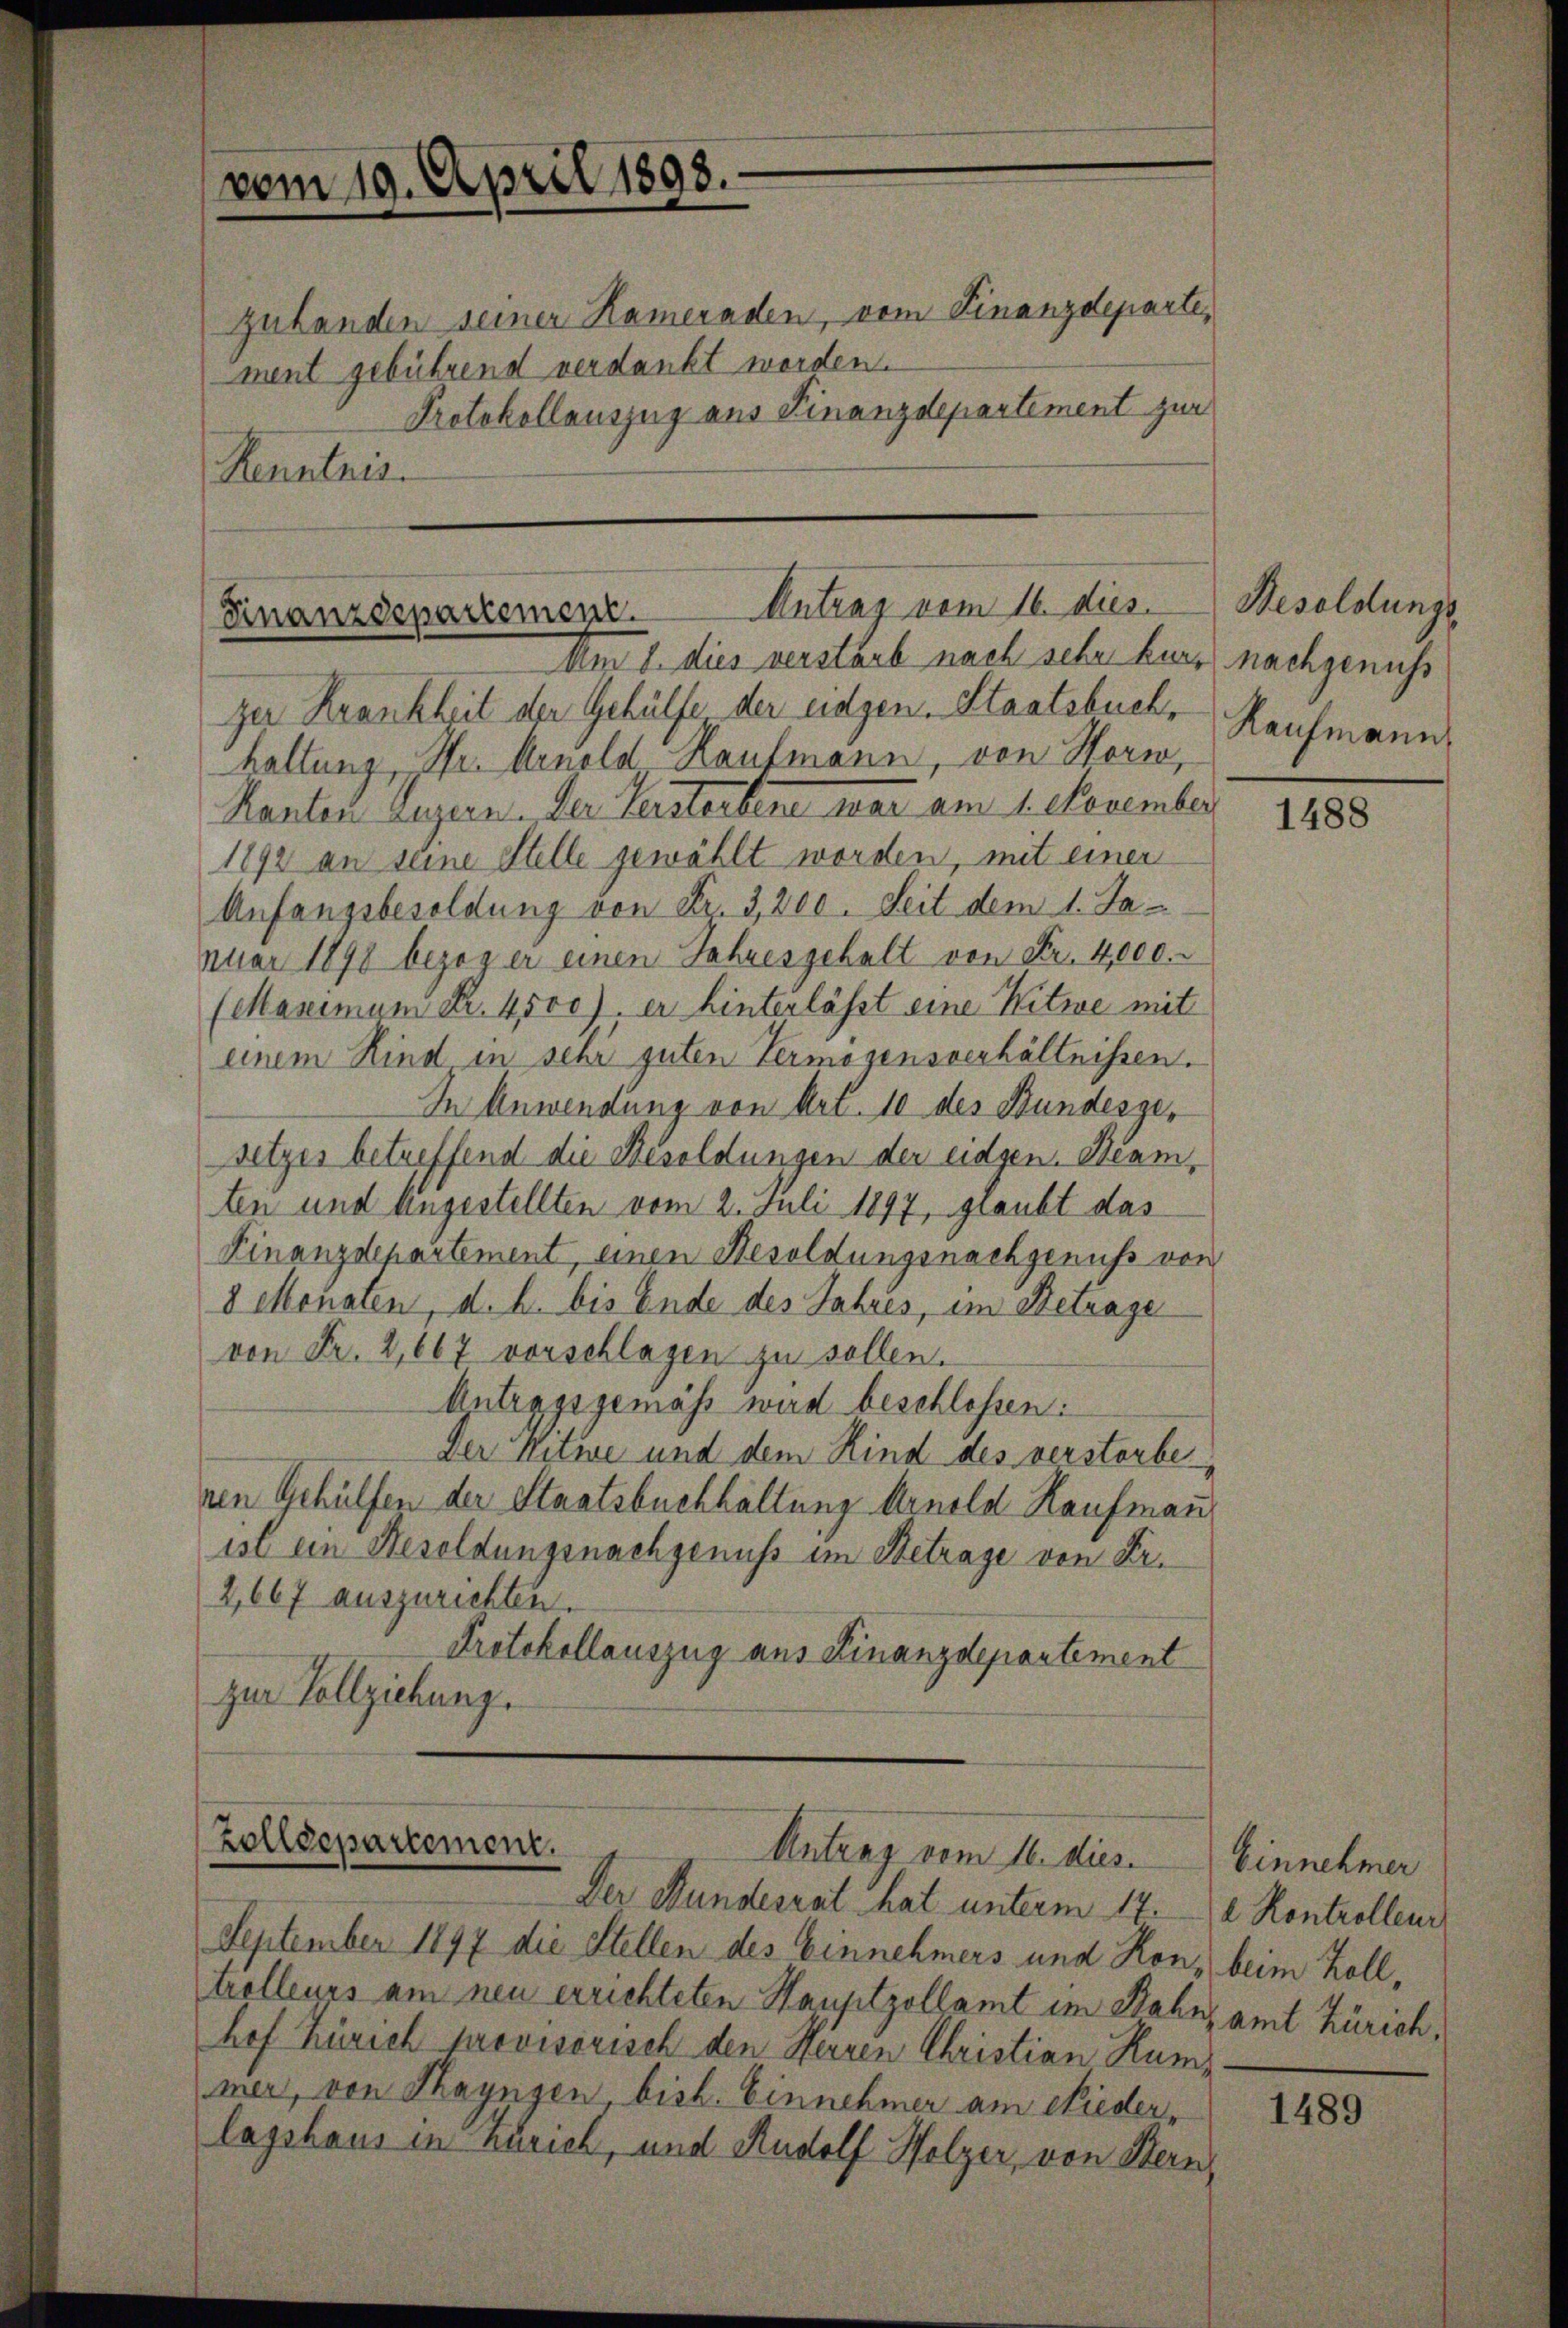
zuhanden seiner Kameraden, vom Finanzdeparte,
ment gebührend verdankt worden.
Protokollauszug aus Finanzdepartement zur
Kenntnis.

vom 19. April 1898.

Finanzdepartement. Antrag vom 16. dies
Um 8. dies verstarb nach sehr kurz nachgenuss

Zolldepartement.
Antrag vom 16. dies. Einnehmer

zer Krankheit der Gehülfe der eidgen. Staatsbuch,
haltung, Pfr. Arnold Kaufmann, von Horw,
Kanton Luzern. Der Verstorbene war am 1. November
1892 an seine Stelle gewählt worden, mit einer
Anfangsbesoldung von Fr. 3,200. Seit dem 1. Ja-
nuar 1898 bezogen einen Jahresgehalt von Fr. 4,000.
(Maximum Fr. 4500. er hinterlässt eine Witwe mit
einem Kind in sehr guten Vermögensverhältnissen.
In Anwendung von Art. 10 des Bundesgesetzes betreffend die Besoldungen der eidgen. Beamten und Angestellten vom 2. Juli 1897, graubt das
Finanzdepartement, einen Besoldungsnachgenuss von
8 Monaten, d. h. bis Ende des Jahres, im Betrage
von Fr. 2,667 vorschlagen zu sollen.
Antragsgemäss wird beschlossen:
Der Witwe und dem Kind des verstorbe
ren Gehülfen der Staatsbuchhaltung Arnold Kaufmann
ist ein Resoldungsnachgenuß im Betrage von Fr.
2,667 auszurichten.
Protokollauszug aus Finanzdepartement
zur Vollziehung.

Der Bundesrat hat unterm 17. d. Kontrolleur
September 1897 die Stellen des Einnehmers und Ron, beim Zolltrolleurs am neu errichteten Hauptzollamt im Bahns amt Zürich,
hof Zürich provisorisch den Herren Christian Rummer, von Thayngen bist. Einnehmer am Niederlagshaus in Zürich, und Rudolf Holzer, von Stern,

Besoldungs
Kaufmann

1488

1489